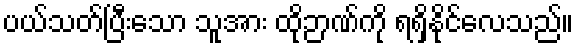
ပယ်သတ်ပြီးသော သူအား ထိုဉာဏ်ကို ရရှိနိုင်လေသည်။